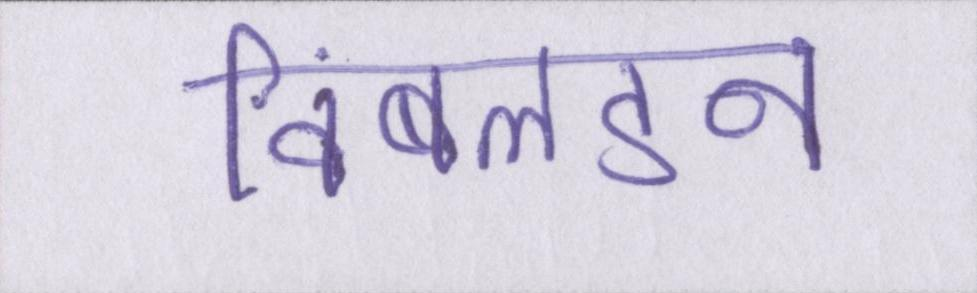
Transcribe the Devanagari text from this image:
विंबलडन